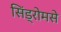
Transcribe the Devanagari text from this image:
सिंड्रोमसे